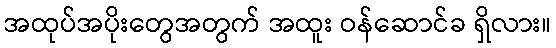
အထုပ်အပိုးတွေအတွက် အထူး ဝန်ဆောင်ခ ရှိလား။